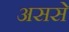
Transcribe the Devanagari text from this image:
अससे